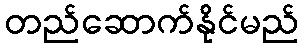
တည်ဆောက်နိုင်မည်